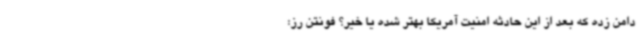
دامن زده که بعد از این حادثه امنیت آمریکا بهتر شده یا خیر؟ فونتن رز: